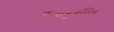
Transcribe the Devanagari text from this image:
कर्नाटकांतून